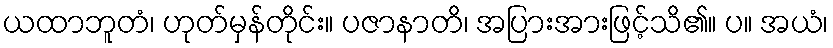
ယထာဘူတံ၊ ဟုတ်မှန်တိုင်း။ ပဇာနာတိ၊ အပြားအားဖြင့်သိ၏။ ပ။ အယံ၊